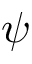
\psi